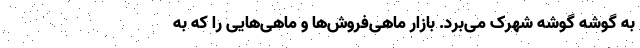
به گوشه گوشه شهرک می‌برد. بازار ماهی‌فروش‌ها و ماهی‌هایی را که به